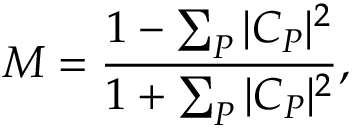
M = \frac { 1 - \sum _ { P } | C _ { P } | ^ { 2 } } { 1 + \sum _ { P } | C _ { P } | ^ { 2 } } ,